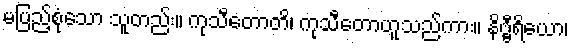
မပြည့်စုံသော သူတည်း။ ကုသီတောတိ၊ ကုသီတောဟူသည်ကား။ နိဗ္ဗီရိယော၊